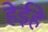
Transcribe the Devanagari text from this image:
हेईहे